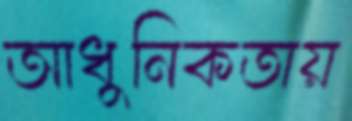
আধুনিকতায়